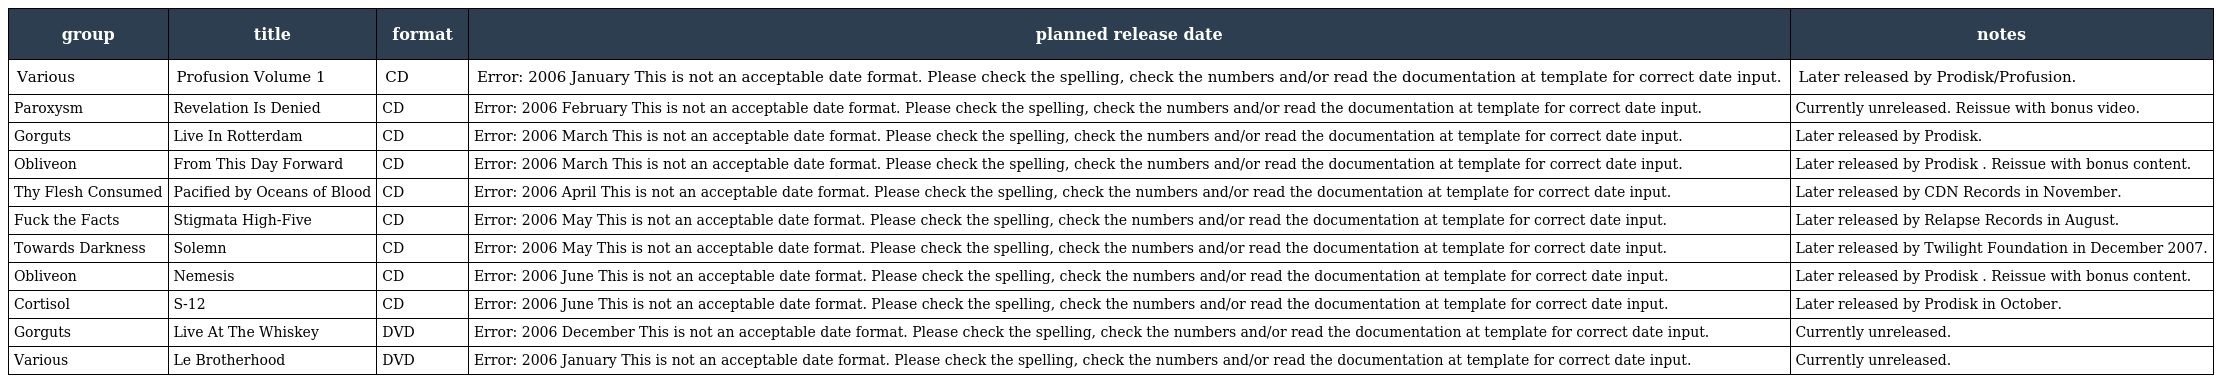
| group | title | format | planned release date | notes |
 | --- | --- | --- | --- | --- |
 | Various | Profusion Volume 1 | CD | Error: 2006 January This is not an acceptable date format. Please check the spelling, check the numbers and/or read the documentation at template for correct date input. | Later released by Prodisk/Profusion. |
 | Paroxysm | Revelation Is Denied | CD | Error: 2006 February This is not an acceptable date format. Please check the spelling, check the numbers and/or read the documentation at template for correct date input. | Currently unreleased. Reissue with bonus video. |
 | Gorguts | Live In Rotterdam | CD | Error: 2006 March This is not an acceptable date format. Please check the spelling, check the numbers and/or read the documentation at template for correct date input. | Later released by Prodisk. |
 | Obliveon | From This Day Forward | CD | Error: 2006 March This is not an acceptable date format. Please check the spelling, check the numbers and/or read the documentation at template for correct date input. | Later released by Prodisk . Reissue with bonus content. |
 | Thy Flesh Consumed | Pacified by Oceans of Blood | CD | Error: 2006 April This is not an acceptable date format. Please check the spelling, check the numbers and/or read the documentation at template for correct date input. | Later released by CDN Records in November. |
 | Fuck the Facts | Stigmata High-Five | CD | Error: 2006 May This is not an acceptable date format. Please check the spelling, check the numbers and/or read the documentation at template for correct date input. | Later released by Relapse Records in August. |
 | Towards Darkness | Solemn | CD | Error: 2006 May This is not an acceptable date format. Please check the spelling, check the numbers and/or read the documentation at template for correct date input. | Later released by Twilight Foundation in December 2007. |
 | Obliveon | Nemesis | CD | Error: 2006 June This is not an acceptable date format. Please check the spelling, check the numbers and/or read the documentation at template for correct date input. | Later released by Prodisk . Reissue with bonus content. |
 | Cortisol | S-12 | CD | Error: 2006 June This is not an acceptable date format. Please check the spelling, check the numbers and/or read the documentation at template for correct date input. | Later released by Prodisk in October. |
 | Gorguts | Live At The Whiskey | DVD | Error: 2006 December This is not an acceptable date format. Please check the spelling, check the numbers and/or read the documentation at template for correct date input. | Currently unreleased. |
 | Various | Le Brotherhood | DVD | Error: 2006 January This is not an acceptable date format. Please check the spelling, check the numbers and/or read the documentation at template for correct date input. | Currently unreleased. |